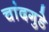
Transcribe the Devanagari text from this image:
चांदगुडे